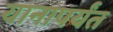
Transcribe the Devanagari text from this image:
यानापर्यंत